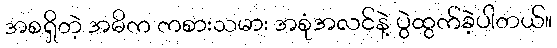
အစရှိတဲ့ အဓိက ကစားသမား အစုံအလင်နဲ့ ပွဲထွက်ခဲ့ပါတယ်။